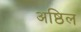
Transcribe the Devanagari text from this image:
अष्ठिल